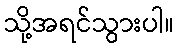
သို့အရင်သွားပါ။